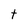
Character: t